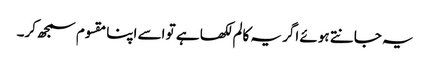
یہ جانتے ہوئے اگر یہ کالم لکھا ہے تو اسے اپنا مقسوم سمجھ کر۔